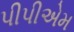
પીપીએમ